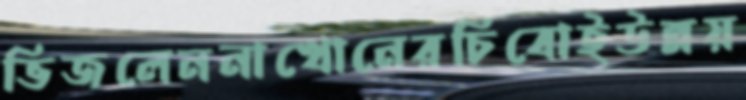
ভিজলেননাখোনেরচিবোইউন্নয়